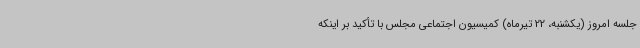
جلسه امروز (یکشنبه، 22 تیرماه) کمیسیون اجتماعی مجلس با تأکید بر اینکه